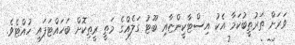
ވަރަށް ތަރުތީބުކަމާ އެކު އިސްޓާކީންޏާއި ބޫޓު ގަލެއްގެ މަތީ ރީތިކޮށް ބަހައްޓަފައި ހުއްޓެވެ.